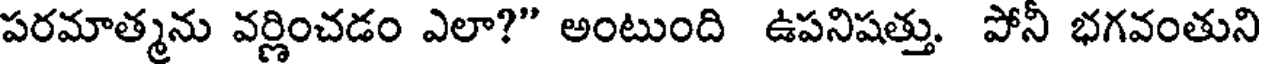
పరమాత్మను వర్ణించడం ఎలా?" అంటుంది ఉపనిషత్తు. పోనీ భగవంతుని